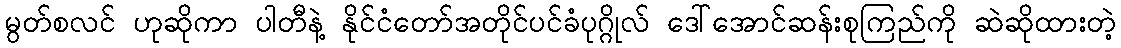
မွတ်စလင် ဟုဆိုကာ ပါတီနဲ့ နိုင်ငံတော်အတိုင်ပင်ခံပုဂ္ဂိုလ် ဒေါ်အောင်ဆန်းစုကြည်ကို ဆဲဆိုထားတဲ့